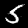
Digit: 5